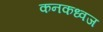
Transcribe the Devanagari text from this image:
कनकध्वज